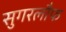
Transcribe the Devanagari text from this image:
सुगरलौफ